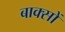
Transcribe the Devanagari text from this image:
बाक्सों